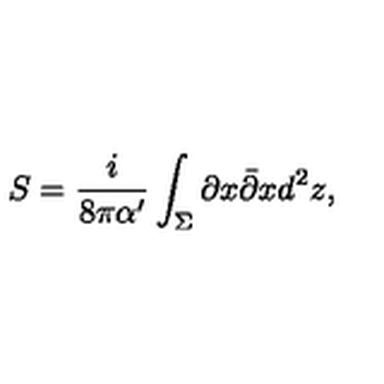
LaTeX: S = \frac { i } { 8 \pi \alpha ^ { \prime } } \int _ { \Sigma } \partial x \bar { \partial } x d ^ { 2 } z ,